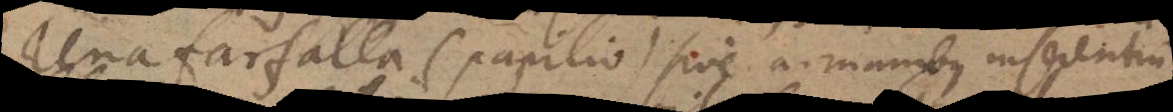
Una farfalla (papilio) sive a manibus inserentium